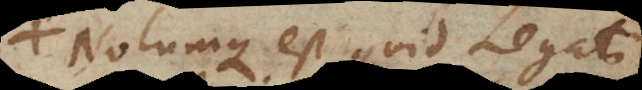
Notumque est quid Legati